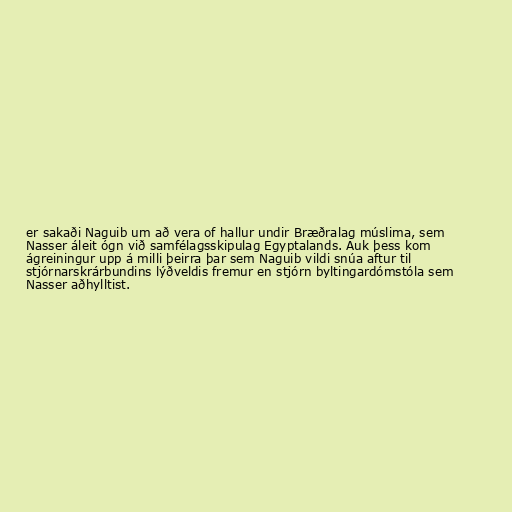
er sakaði Naguib um að vera of hallur undir Bræðralag múslima, sem
Nasser áleit ógn við samfélagsskipulag Egyptalands. Auk þess kom
ágreiningur upp á milli þeirra þar sem Naguib vildi snúa aftur til
stjórnarskrárbundins lýðveldis fremur en stjórn byltingardómstóla sem
Nasser aðhylltist.